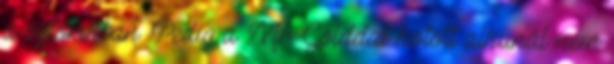
a sztorikban. Pedig a Mr. Golddal kötött alkunál nem